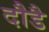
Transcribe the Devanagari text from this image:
दौडै